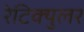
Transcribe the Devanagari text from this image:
रेटिक्युलर